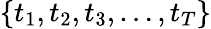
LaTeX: \left\{ t_{1},t_{2},t_{3},\dots,t_{T}\right\}